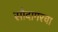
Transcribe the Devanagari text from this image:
सौदागरचा